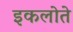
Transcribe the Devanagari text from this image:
इकलोते